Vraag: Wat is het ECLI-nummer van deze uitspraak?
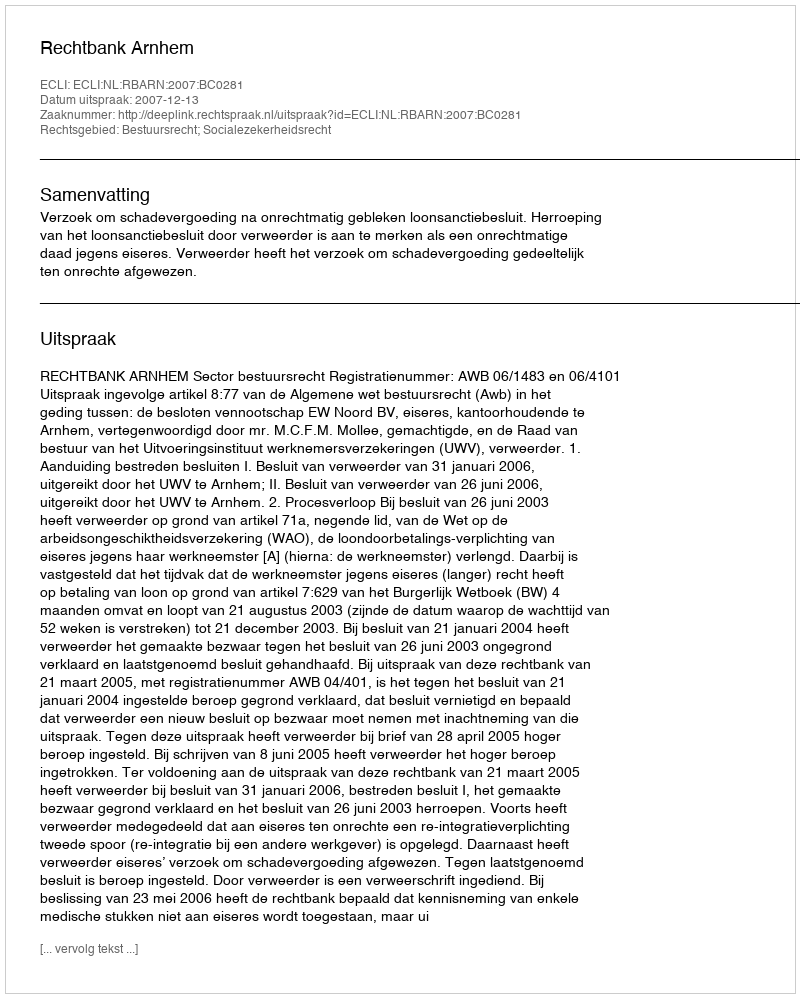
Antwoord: ECLI:NL:RBARN:2007:BC0281